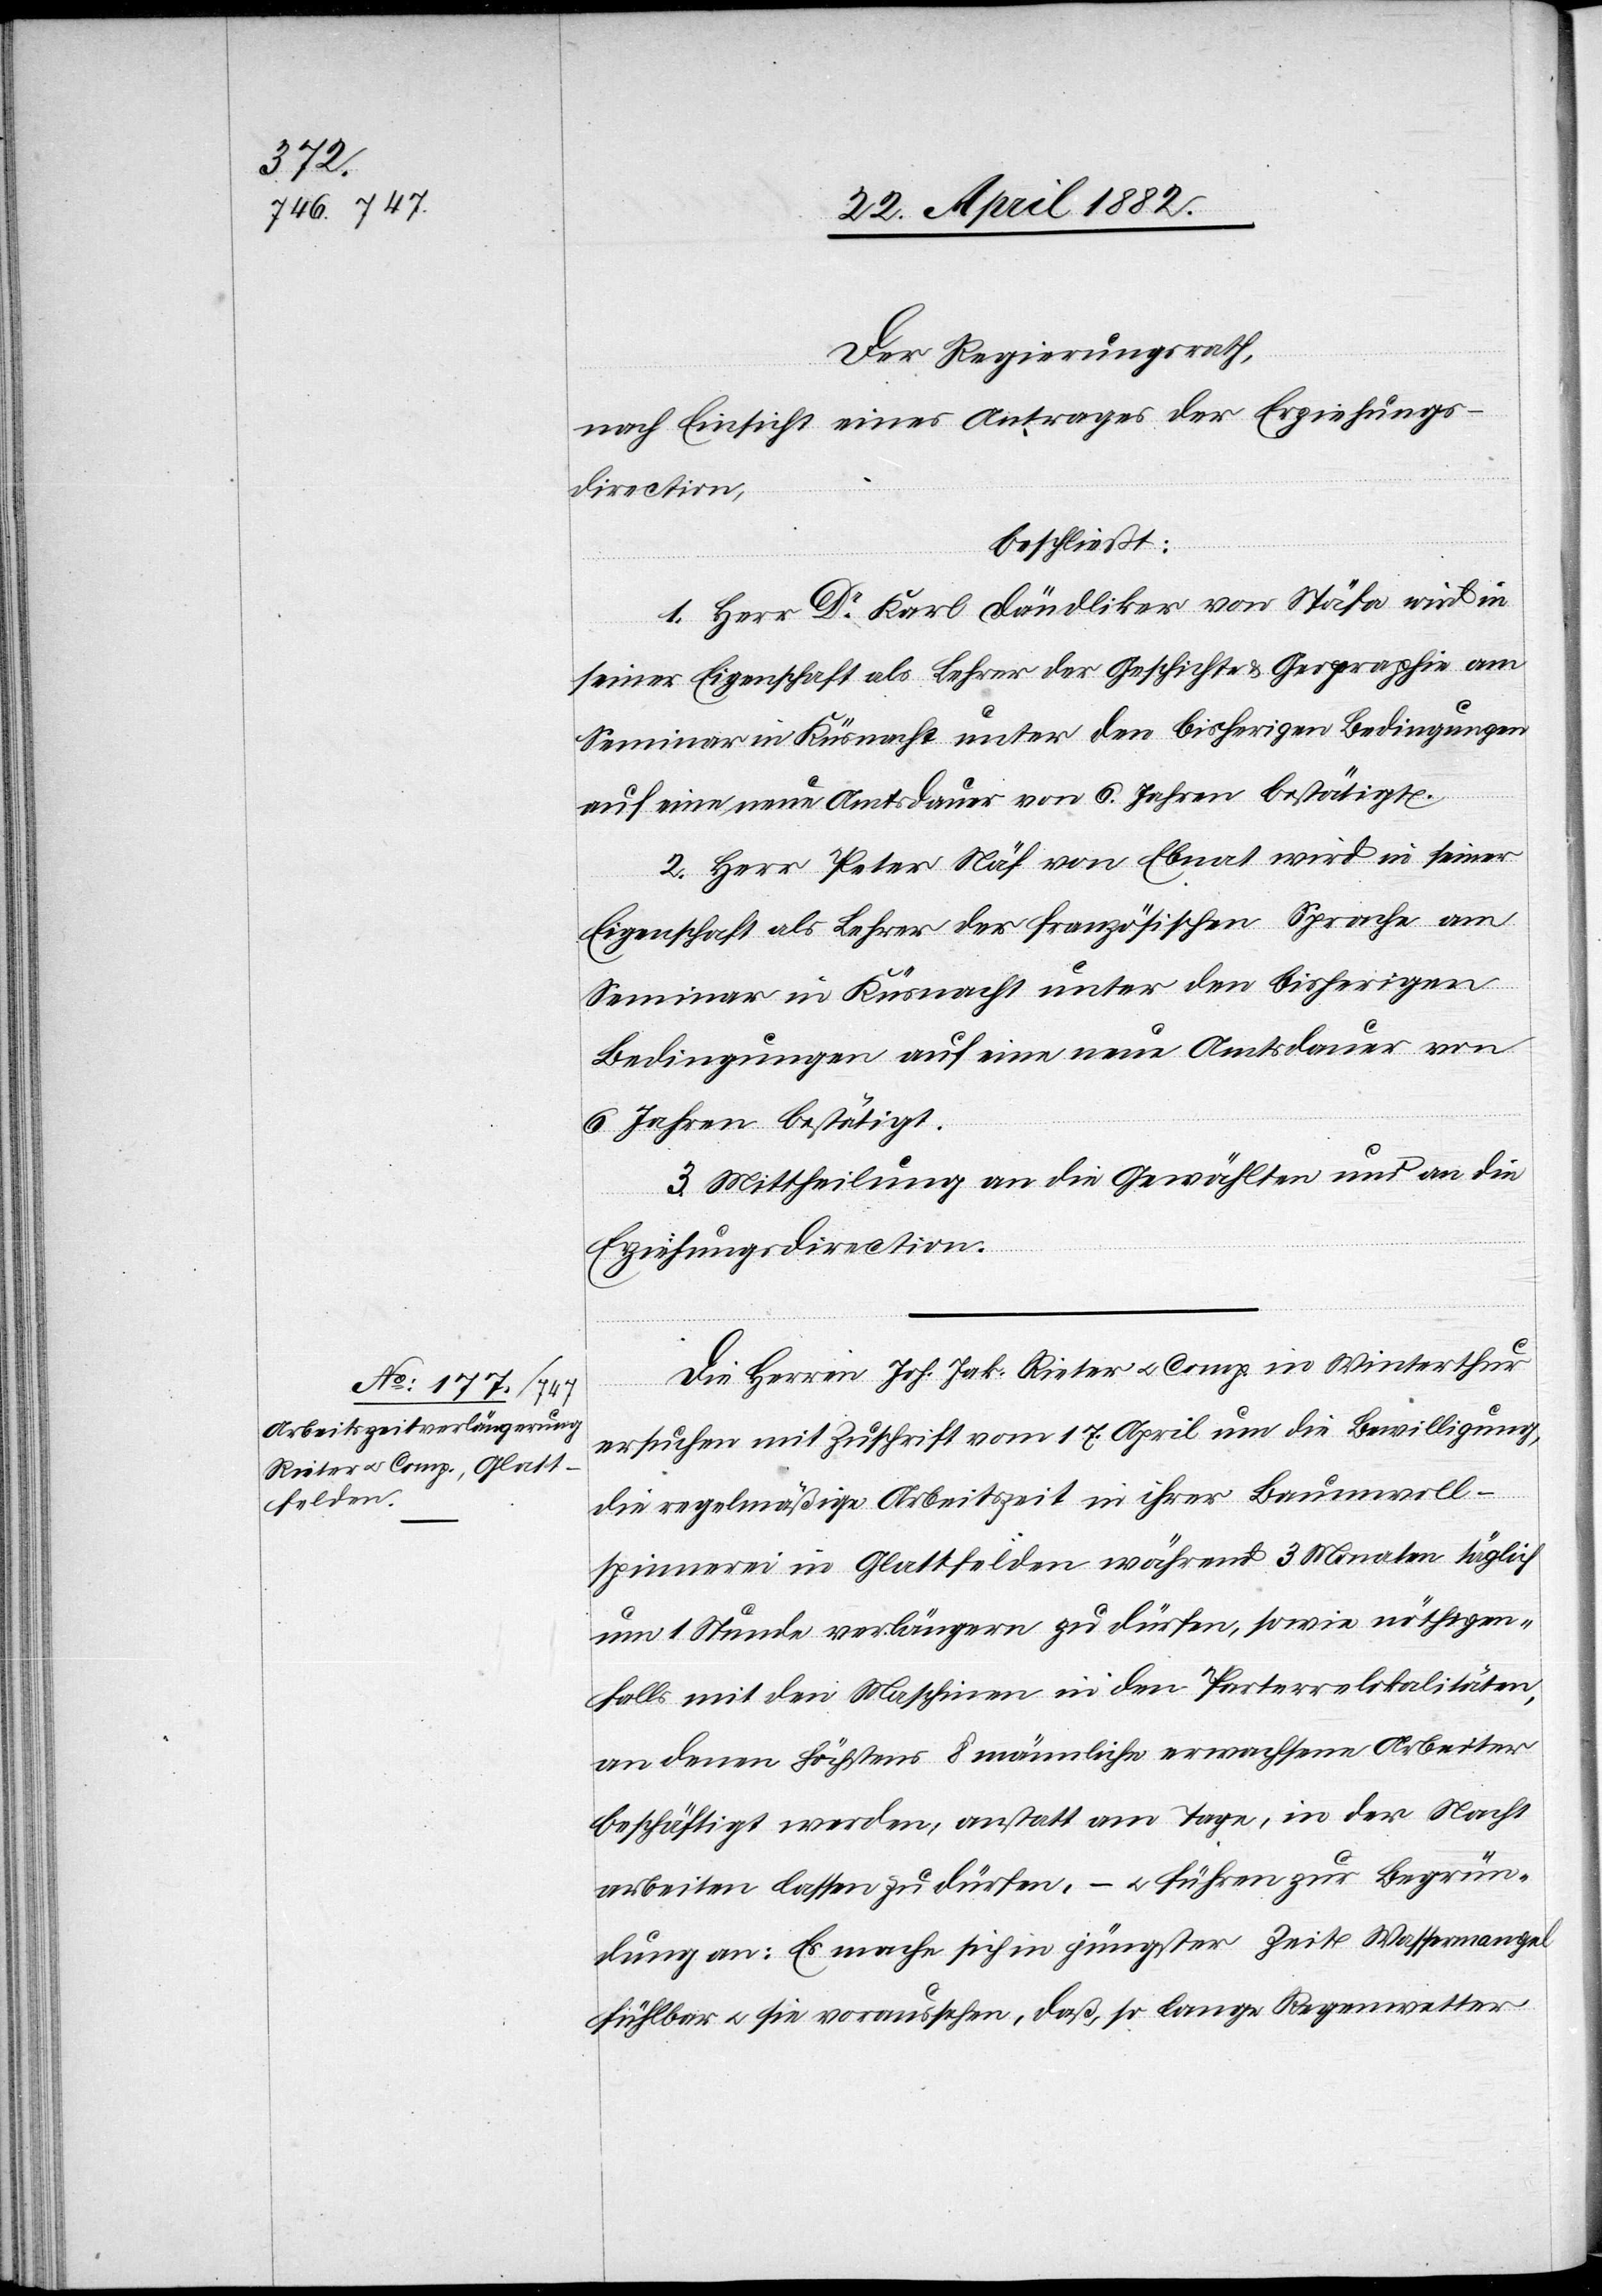
Der Regierungsrath,
nach Einsicht eines Antrages der Erziehungs¬
direction,
beschließt:
1. Herr Dr Karl Dändliker von Stäfa wird in
seiner Eigenschaft als Lehrer der Geschichte & Geographie am
2. Herr Peter Näf von Ebnat wird in seiner
Eigenschaft als Lehrer der französischen Sprache am
Seminar in Küsnacht unter den bisherigen
Bedingungen auf eine neue Amtsdauer von
6 Jahren bestätigt.
3. Mittheilung an die Gewählten und an die
Erziehungsdirection.
Die Herren Joh. Jak. Rieter u. Comp. in Winterthur
ersuchen mit Zuschrift vom 17. April um die Bewilligung,
die regelmäßige Arbeitszeit in ihrer Baumwoll¬
spinnerei in Glattfelden während 3 Monaten täglich
um 1 Stunde verlängern zu dürfen, sowie nöthigen¬
falls mit den Maschinen in den Parterrelokalitäten,
an denen höchstens 8 männliche erwachsene Arbeiter
beschäftigt werden, anstatt am Tage, in der Nacht
arbeiten lassen zu dürfen, – u. führen zur Begrün¬
dung an: Es mache sich in jüngster Zeit Wassermangel
fühlbar u. sei voraus[zu]sehen, daß, so lange [recte: